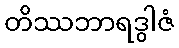
တိဿဘာရဒွါဇံ